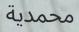
محمدية